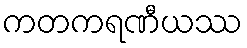
ကတကရဏီယဿ